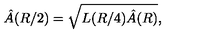
\hat { A } ( R / 2 ) = \sqrt { L ( R / 4 ) \hat { A } ( R ) } ,